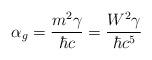
LaTeX: \begin{align*}\alpha_{g} = \frac{m^{2}\gamma}{\hbar c} =\frac{W^{2}\gamma}{\hbar c^{5}}\end{align*}